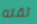
ثقته